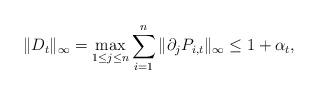
LaTeX: \begin{align*}\|D_t\|_{\infty} = \max_{1\leq j\leq n} \sum_{i=1}^n \|\partial_j P_{i,t}\|_{\infty} \leq 1 + \alpha_t,\end{align*}